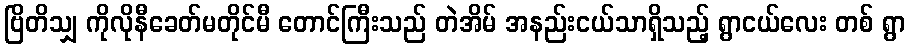
ဗြိတိသျှ ကိုလိုနီခေတ်မတိုင်မီ တောင်ကြီးသည် တဲအိမ် အနည်းငယ်သာရှိသည့် ရွာငယ်လေး တစ် ရွာ